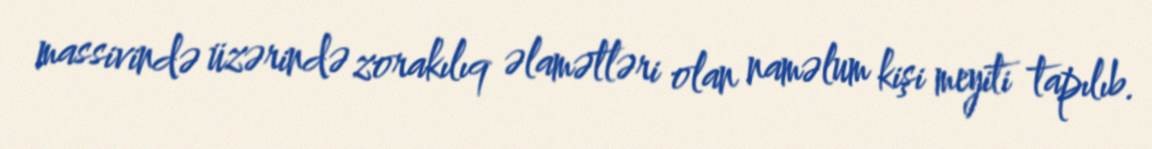
massivində üzərində zorakılıq əlamətləri olan naməlum kişi meyiti tapılıb.